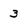
Character: 3